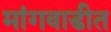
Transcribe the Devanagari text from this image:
मांगवाडीत